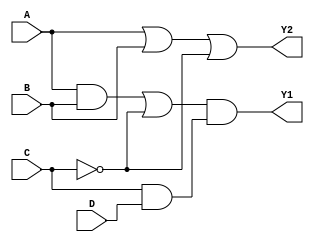
module comb_logic_block (
    input  wire A,
    input  wire B,
    input  wire C,
    input  wire D,
    output wire Y1,
    output wire Y2
);

// Intermediate signals for multi-level simplification
wire AB;         // AND gate for A and B
wire C_not;      // NOT gate for C
wire A_or_B;     // OR gate for A and B
wire common_expr; // Common sub-expression
wire C_and_D;    // AND gate for C and D

// Level 1 Logic
// Simplifications (example expressions)
assign AB = A & B;            // AND gate for A and B
assign C_not = ~C;            // NOT gate for C
assign C_and_D = C & D;       // AND gate for C and D

// Level 2 Logic
// Combine results using OR and other gates as needed
assign A_or_B = A | B;        // OR gate for A and B

// Using common sub-expressions in output generation
assign common_expr = AB | C_not; // Example of using common sub-expression

// Level 3 Logic (Final Outputs)
assign Y1 = common_expr & C_and_D; // Example output using multiple levels of logic
assign Y2 = A_or_B | C_not;         // Another output

endmodule